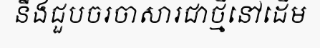
នឹងជួបចរចាសារជាថ្មីនៅដើម